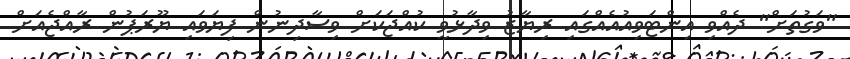
"ވަގުތަށް" ދެއްވި އިންޓަވިއުއެއްގައި ރިޔާޒު ވިދާޅުވީ ކުއްޖަކަށް ވިސާދިނުން ފިޔަވައި ޔޫރަޕުން ރާއްޖެއަށް